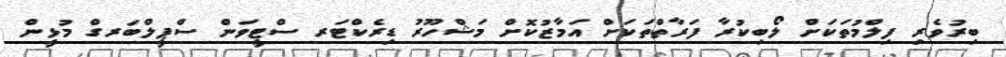
ބިރުވެރި ފިލްމުތަކަށް ލޯބިކުރާ ފަރާތްތަކަށް އަމާޒުކޮށް މަޝްހޫރު ޑިރެކްޓަރ ސްޓީވަން ސްޕީލްބަރގް މުޅީން